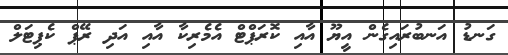
ގަނޑު އަނބުރައިގެން އީޔޫ އާއި ކޮރަޕްޓް އެމެރިކާ އާއި އަދި ރޭޕް ކެޕިޓަލް